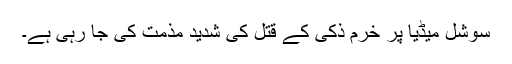
سوشل میڈیا پر خرم ذکی کے قتل کی شدید مذمت کی جا رہی ہے۔